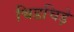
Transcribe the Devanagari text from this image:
चिडचिड़े